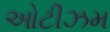
ઓટીઝમ